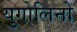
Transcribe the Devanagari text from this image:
युगोलिनो